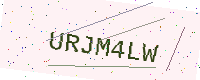
Text: URJM4LW